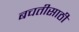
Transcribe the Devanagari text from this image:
बचतीसाठी